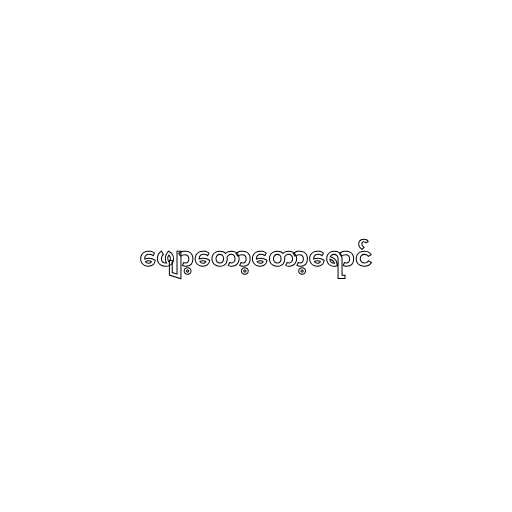
ဖျော့တော့တော့ရောင်